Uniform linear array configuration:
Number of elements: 12
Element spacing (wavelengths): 1
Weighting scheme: kaiser
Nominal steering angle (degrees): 30
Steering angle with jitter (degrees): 31.898
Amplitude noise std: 0.05
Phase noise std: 0.05

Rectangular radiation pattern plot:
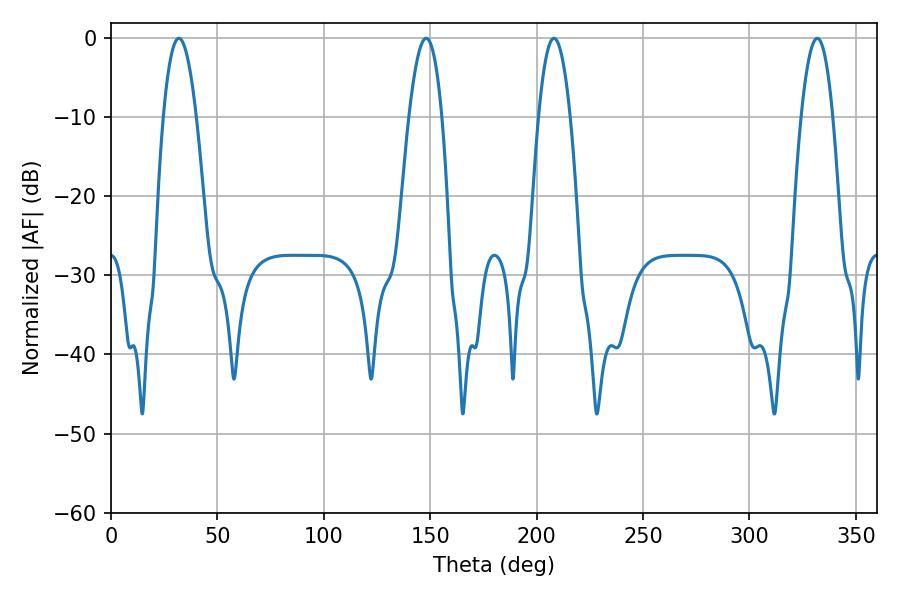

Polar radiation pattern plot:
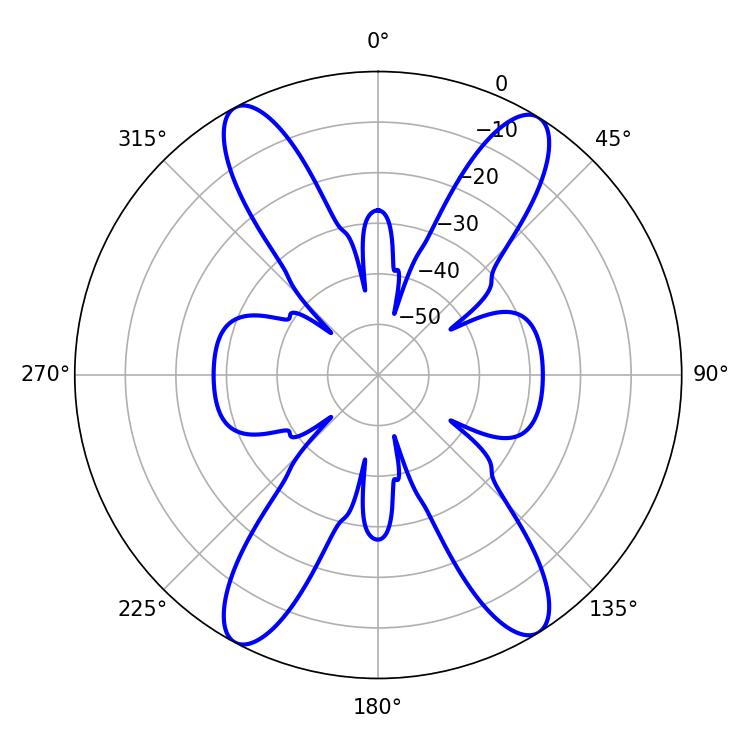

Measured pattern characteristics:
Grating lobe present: TRUE
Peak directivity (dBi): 19.016
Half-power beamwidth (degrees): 8.64
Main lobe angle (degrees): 31.86